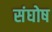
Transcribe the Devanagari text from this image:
संघोष